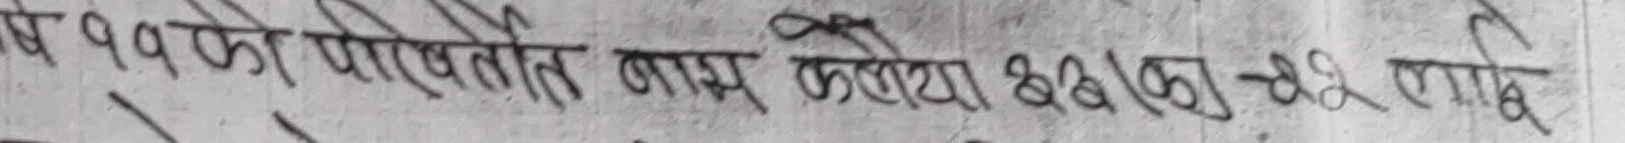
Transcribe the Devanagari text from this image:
वर्ष १५ को परिवर्तित नामु कथं ५६।०३-५८ लागि